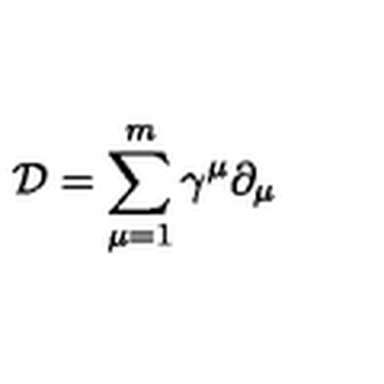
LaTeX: { \mathcal D } = \sum _ { \mu = 1 } ^ { m } \gamma ^ { \mu } \partial _ { \mu }